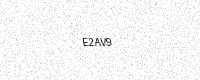
Text: E2AV9